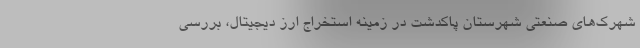
شهرک‌های صنعتی شهرستان پاکدشت در زمینه استخراج ارز دیجیتال، بررسی